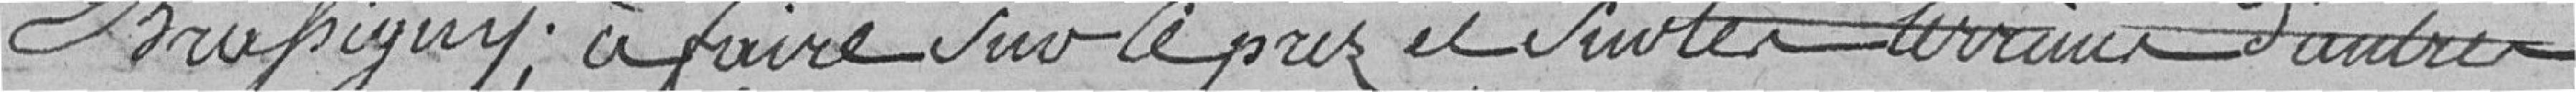
BRUSIGNY ; à faire sur le près et sur les terrains d'autres